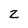
Character: z